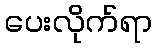
ပေးလိုက်ရာ